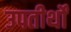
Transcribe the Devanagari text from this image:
उपतीर्थों